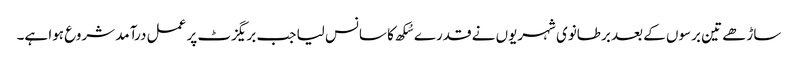
ساڑھے تین برسوں کے بعد برطانوی شہریوں نے قدرے سُکھ کا سانس لیا جب بریگزٹ پر عمل درآمد شروع ہوا ہے۔